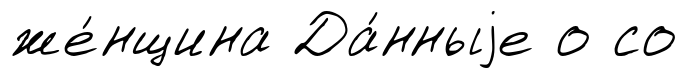
же́нщина Да́нныjе о со